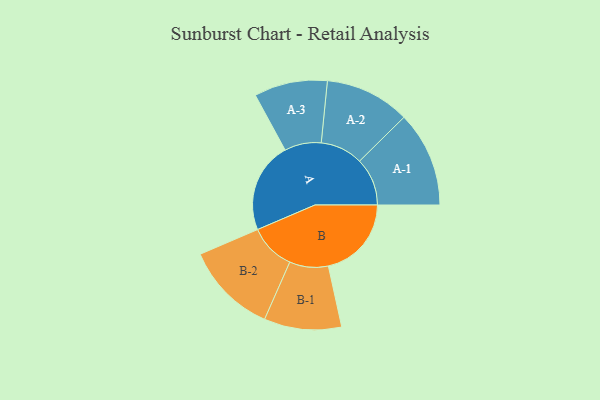
{"axis": {"x": "Segment", "y": "Value"}, "legend": ["", "A", "B"], "data": [{"x": "A", "y": 482, "type": ""}, {"x": "B", "y": 442, "type": ""}, {"x": "A-1", "y": 254, "type": "A"}, {"x": "A-2", "y": 226, "type": "A"}, {"x": "A-3", "y": 195, "type": "A"}, {"x": "B-1", "y": 206, "type": "B"}, {"x": "B-2", "y": 245, "type": "B"}]}